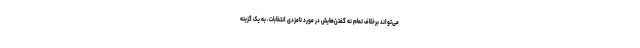
می‌تواند برخلاف تمام نه گفتن‌هایش در مورد نامزدی انتخابات، به یک گزینه